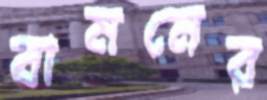
বামনের